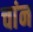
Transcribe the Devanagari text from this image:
चांन